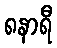
၈နာရီ